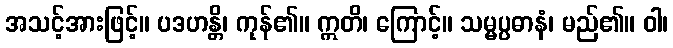
အသင့်အားဖြင့်။ ပဒဟန္တိ၊ ကုန်၏။ ဣတိ၊ ကြောင့်။ သမ္မပ္ပဓာနံ၊ မည်၏။ ဝါ၊